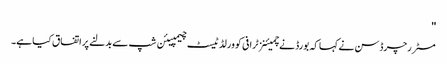
''
مسٹر رچرڈسن نے کہا کہ بورڈ نے چمیئنز ٹرافی کو ورلڈ ٹیسٹ چیمپیئن شپ سے بدلنے پر اتفاق کیا ہے۔